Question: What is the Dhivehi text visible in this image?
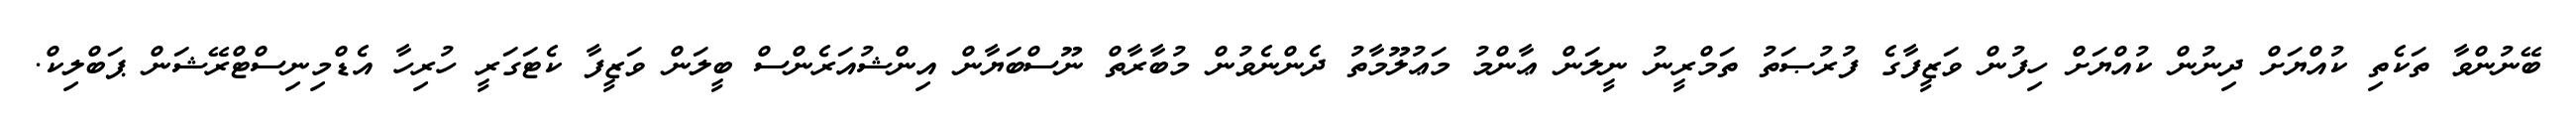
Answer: ބޭނުންވާ ތަކެތި ކުއްޔަށް ދިނުން ކުއްޔަށް ހިފުން ވަޒީފާގެ ފުރުޞަތު ތަމްރީނު ނީލަން ޢާންމު މަޢުލޫމާތު ދެންނެވުން މުބާރާތް ނޫސްބަޔާން އިންޝުއަރެންސް ބީލަން ވަޒީފާ ކެޓަގަރީ ހުރިހާ އެޑްމިނިސްޓްރޭޝަން ޕަބްލިކް.